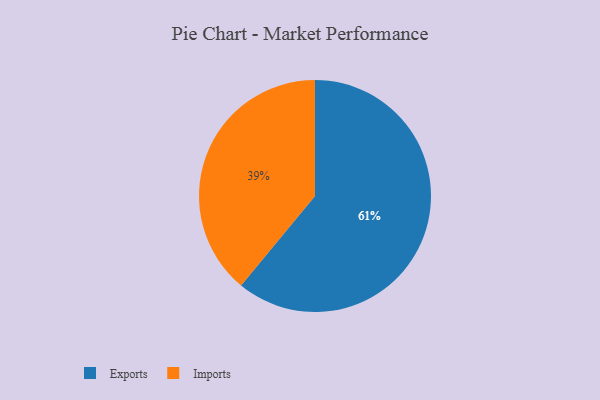
{"axis": {"x": "Category", "y": "Percentage"}, "legend": ["Exports", "Imports"], "data": [{"x": "Imports", "y": 39, "type": "Imports"}, {"x": "Exports", "y": 61, "type": "Exports"}]}